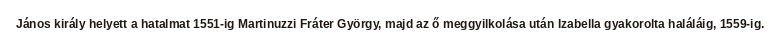
János király helyett a hatalmat 1551-ig Martinuzzi Fráter György, majd az ő meggyilkolása után Izabella gyakorolta haláláig, 1559-ig.